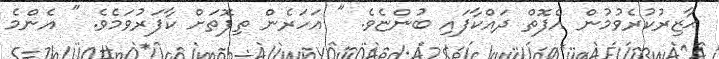
ޙާޒިރުކުރެވުމުން އެފޮތް ދައްކާފައި ބުންޏެވެ. " އަހަރެން ތިފޮތަށް ކާފަރުވަމެވެ. " އެންމެ